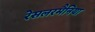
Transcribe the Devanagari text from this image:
रेसलरमैनिया